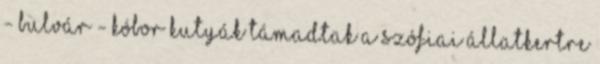
- Bulvár - Kóbor kutyák támadtak a szófiai állatkertre